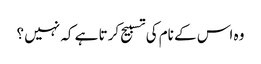
وہ اس کے نام کی تسبیح کرتا ہے کہ نہیں ؟